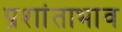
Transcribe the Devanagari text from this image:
प्रशांताभाव